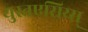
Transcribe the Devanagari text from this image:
युस्तएसिय्स्